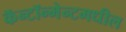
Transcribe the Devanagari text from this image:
कॅन्टॉन्मेन्टमधील